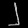
Digit: ၂